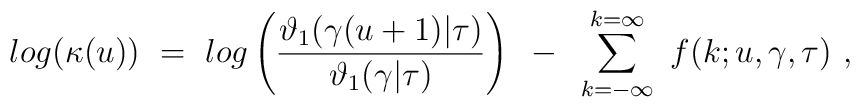
log(\kappa(u)) ~=~ log \left( {\vartheta_1 (\gamma (u+1) |\tau) \over \vartheta_1 (\gamma  | \tau) } \right) ~-~\sum_{k = -\infty}^{k = \infty} ~ f(k; u, \gamma, \tau) \ ,